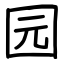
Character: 园